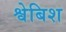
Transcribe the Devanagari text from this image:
श्वेबिश